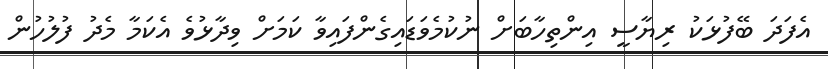
އެފަދަ ބޭފުޅަކު ރިޔާސީ އިންތިހާބަށް ނުކުމެވަޑައިގެންފައިވާ ކަމަށް ވިދާޅުވެ އެކަމާ މެދު ފުލުހުން